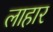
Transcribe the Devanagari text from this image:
लाहार